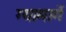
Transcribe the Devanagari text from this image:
ग्यामार्गे